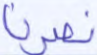
نصرنا